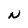
Character: N